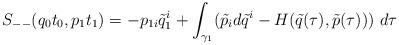
LaTeX: \begin{align*}S_{--}(q_0t_0,p_1t_1) = -p_{1i} \tilde {q}_1^{i} +\int_{\gamma_1}(\tilde {p}_i d\tilde {q}^i- H(\tilde {q}(\tau),\tilde{p}(\tau)))\ d\tau \end{align*}